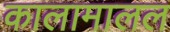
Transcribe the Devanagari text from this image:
कालामालल